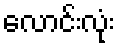
လောင်းလုံး